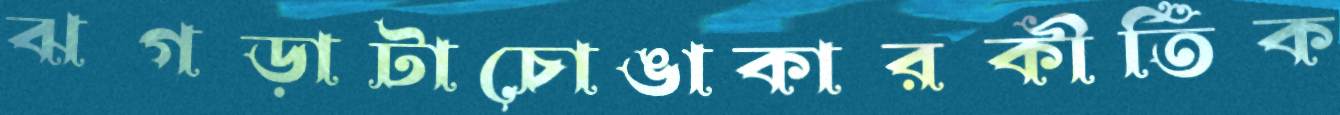
ঝগড়াটাচোঙাকারকীর্তিক